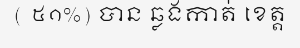
( ៥១%) បាន ឆ្លងកាត់ ខេត្ត